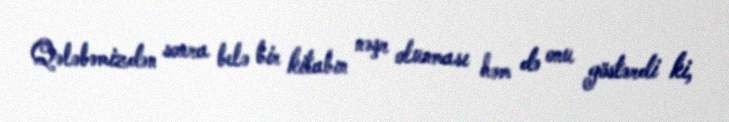
Qələbəmizdən sonra belə bir kitabın nəşr olunması həm də onu göstərdi ki,